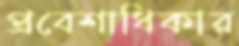
প্রবেশাধিকার